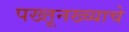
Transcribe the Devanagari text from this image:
पख्तूनख्व्याचे